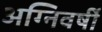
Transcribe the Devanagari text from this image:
अग्निवर्षी